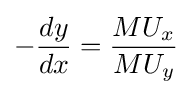
-{\frac {dy}{dx}}={\frac {MU_{x}}{MU_{y}}}